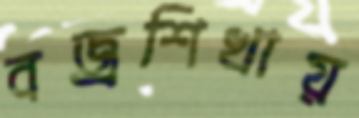
বজ্রশিখায়